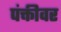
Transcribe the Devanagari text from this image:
पंक्तीवर